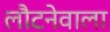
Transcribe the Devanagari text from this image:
लौटनेवाला